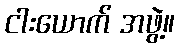
ငါးယောက် အဖွဲ့။